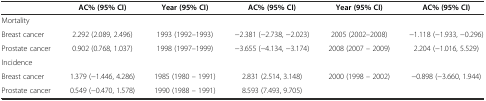
|  | AC% (95% CI) | Year (95% CI) | AC% (95% CI) | Year (95% CI) | AC% (95% CI) |
 | --- | --- | --- | --- | --- | --- |
 | Mortality |  |  |  |  |  |
 | Breast cancer | 2.292 (2.089, 2.496) | 1993 (1992–1993) | −2.381 (−2.738, −2.023) | 2005 (2002–2008) | −1.118 (−1.933, −0.296) |
 | Prostate cancer | 0.902 (0.768, 1.037) | 1998 (1997–1999) | −3.655 (−4.134, −3.174) | 2008 (2007 – 2009) | 2.204 (−1.016, 5.529) |
 | Incidence |  |  |  |  |  |
 | Breast cancer | 1.379 (−1.446, 4.286) | 1985 (1980 – 1991) | 2.831 (2.514, 3.148) | 2000 (1998 – 2002) | −0.898 (−3.660, 1.944) |
 | Prostate cancer | 0.549 (−0.470, 1.578) | 1990 (1988 – 1991) | 8.593 (7.493, 9.705) |  |  |